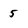
Character: 5